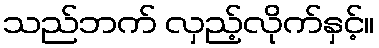
သည်ဘက် လှည့်လိုက်နှင့်။